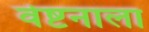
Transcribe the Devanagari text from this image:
वेष्टनाला